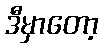
ဒီမှာတော့